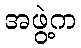
အဖွဲ့က